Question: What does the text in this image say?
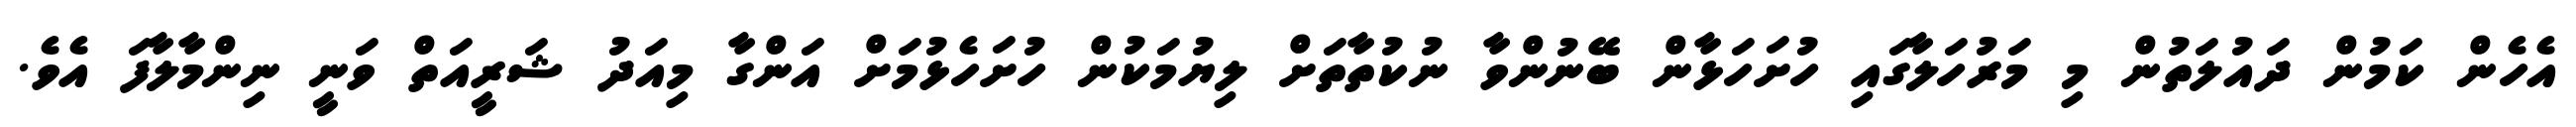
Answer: އެހެން ކަމުން ދައުލަތުން މި މަރުހަލާގައި ހުށަހަޅާން ބޭނުންވާ ނުކުތާތަށް ލިޔުމަކުން ހުށަހެޅުމަށް އަންގާ މިއަދު ޝަރީއަތް ވަނީ ނިންމާލާފަ އެވެ.